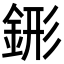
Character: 䤯